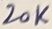
Text: 20K